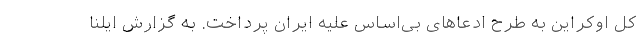
کل اوکراین به طرح ادعاهای بی‌اساس علیه ایران پرداخت. به گزارش ایلنا